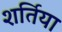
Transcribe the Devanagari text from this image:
शर्तिया